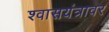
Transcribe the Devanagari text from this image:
श्वासयंत्रावर